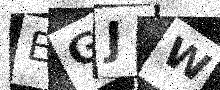
Text: EGJW